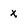
Character: x